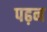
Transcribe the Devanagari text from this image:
पढ़न